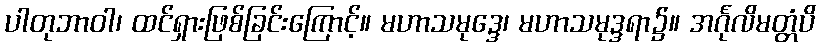
ပါတုဘာဝါ၊ ထင်ရှားဖြစ်ခြင်းကြောင့်။ မဟာသမုဒ္ဒေ၊ မဟာသမုဒ္ဒရာ၌။ အင်္ဂုလိမတ္တံပိ